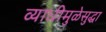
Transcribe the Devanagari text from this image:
व्याधीमुळेसुद्धा